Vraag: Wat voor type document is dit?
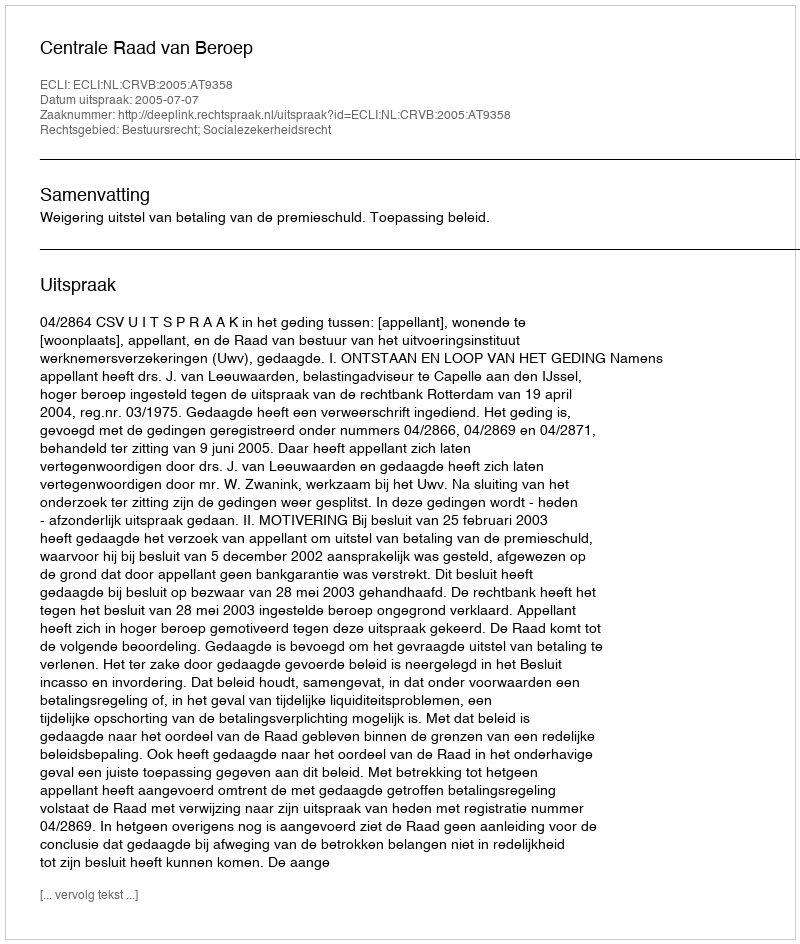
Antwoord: Uitspraak